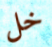
خل